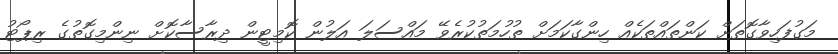
މަގުފަހިވާގޮތަށް ކަންތައްތަކެއް ހިންގާކަމަށް ތުހުމަތުކުރެވޭ މައްސަލަ އަލުން ކޮމިޓީން ދިރާސާކޮށް ނިންމިގޮތުގެ ރިޕޯޓު